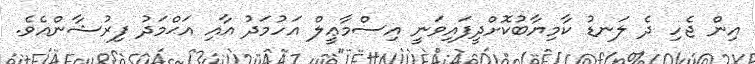
އިން ޖެހި ދެ ލަނޑު ކާމިޔާބުކޮށްދީފައިވަނީ އިސްމާޢީލް އަހުމަދު އާއި އަޙްމަދު ފިރުޝާންއެވެ.